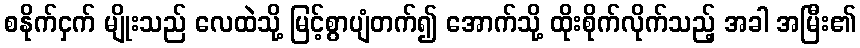
စနိုက်ငှက် မျိုးသည် လေထဲသို့ မြင့်စွာပျံတက်၍ အောက်သို့ ထိုးစိုက်လိုက်သည့် အခါ အမြီး၏